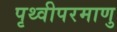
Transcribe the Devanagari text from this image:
पृथ्वीपरमाणु